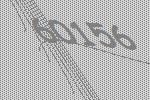
60156